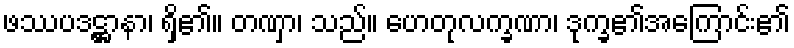
ဖဿပဒဋ္ဌာနာ၊ ရှိ၏။ တဏှာ၊ သည်။ ဟေတုလက္ခဏာ၊ ဒုက္ခ၏အကြောင်း၏